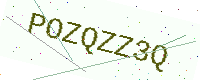
Text: POZQZZ3Q